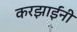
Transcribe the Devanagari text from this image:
करझाईंनी